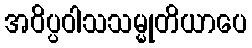
အဝိပ္ပဝါသသမ္မုတိယာပေ